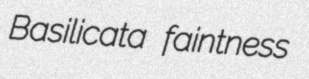
Basilicata faintness